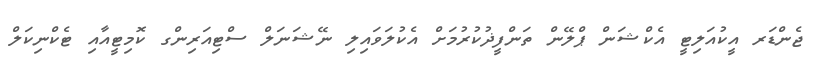
ޖެންޑަރ އީކުއަލިޓީ އެކްޝަން ޕްލޭން ތަންފީޛުކުރުމަށް އެކުލަވައިލި ނޭޝަނަލް ސްޓިއަރިންގ ކޮމިޓީއާއި ޓެކްނިކަލް